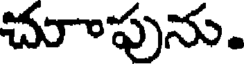
చూాపును.